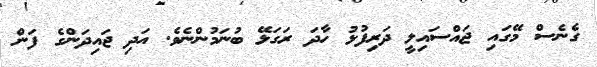
ގެނެސް މޭގައި ޖައްސައިލީ ދަރިފުޅު ހާދަ ރަގަޅޭ ބުނަމުންނެވެ. އަދި ޖައިދަންގެ ފަން